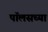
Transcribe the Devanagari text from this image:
पॉलसच्या